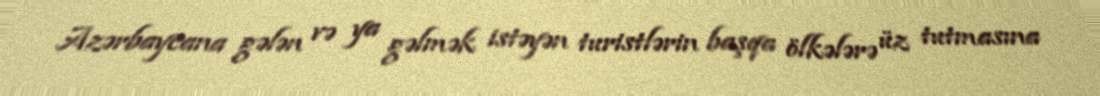
Azərbaycana gələn və ya gəlmək istəyən turistlərin başqa ölkələrə üz tutmasına